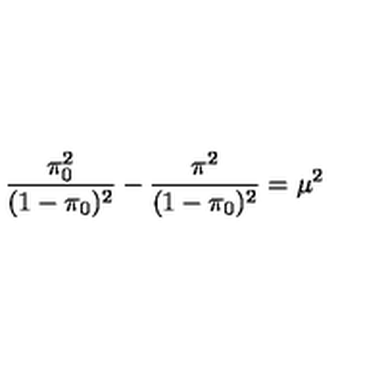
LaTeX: \frac { \pi _ { 0 } ^ { 2 } } { ( 1 - \pi _ { 0 } ) ^ { 2 } } - \frac { \pi ^ { 2 } } { ( 1 - \pi _ { 0 } ) ^ { 2 } } = \mu ^ { 2 }